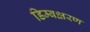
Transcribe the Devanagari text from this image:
डिम्बक्षरण